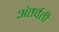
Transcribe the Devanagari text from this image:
अंतर्वती